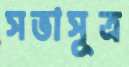
সভাসূত্র